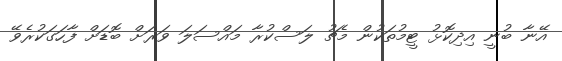
އޭނާ ބުނީ އިދިކޮޅު ޓީމުތަކުން މެޗު ލަސްކުރާ މައްސަލަ ވަރަށް ބޮޑަށް ފާހަގަކުރެވޭ